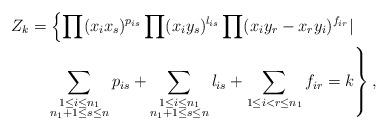
LaTeX: \begin{align*} Z_k&=\left\{\prod\limits(x_ix_s)^{p_{is}}\prod\limits(x_{i}y_{s})^{l_{is}}\prod\limits({x_{i} y_{r}}-x_{r}y_{i})^{f_{ir}}|\right.\\ &\quad\left.\sum\limits_{\substack{1\leq i\leq n_1 \\n_1+1\leq s\leq n}}p_{is}+\sum\limits_{\substack{1\leq i\leq n_1 \\n_1+1\leq s\leq n}}l_{is}+ \sum\limits_{\substack{1\leq i<r\leq n_1 }}f_{ir}=k \right\}, \end{align*}